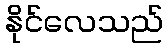
နိုင်လေသည်